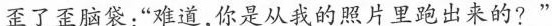
歪了歪脑袋:“难道，你是从我的照片里跑出来的?”